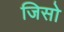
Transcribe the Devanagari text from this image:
जिसो